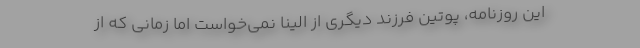
این روزنامه، پوتین فرزند دیگری از الینا نمی‌خواست اما زمانی که از